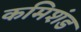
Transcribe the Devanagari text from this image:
कमिशंड